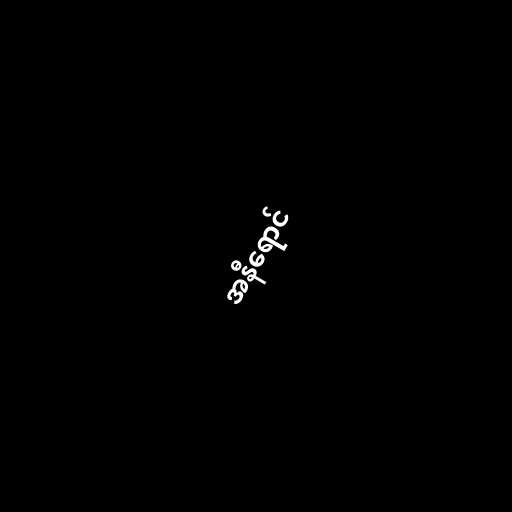
အနီရောင်